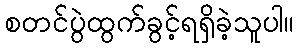
စတင်ပွဲထွက်ခွင့်ရရှိခဲ့သူပါ။